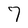
Character: 7